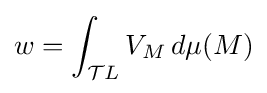
w=\int _{{\cal {T}}L}V_{M}\,d\mu (M)